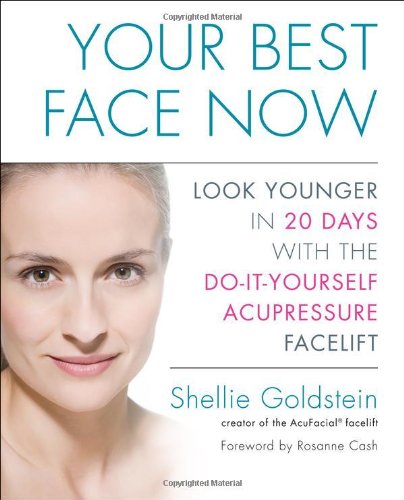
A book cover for Your Best Face Now: Look Younger in 20 Days with the Do-It-Yourself Acupressure Facelift; Shellie Goldstein; Health, Fitness & Dieting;